Document type: Sale
Year: 1290
Scribe: Miquel Rotllan
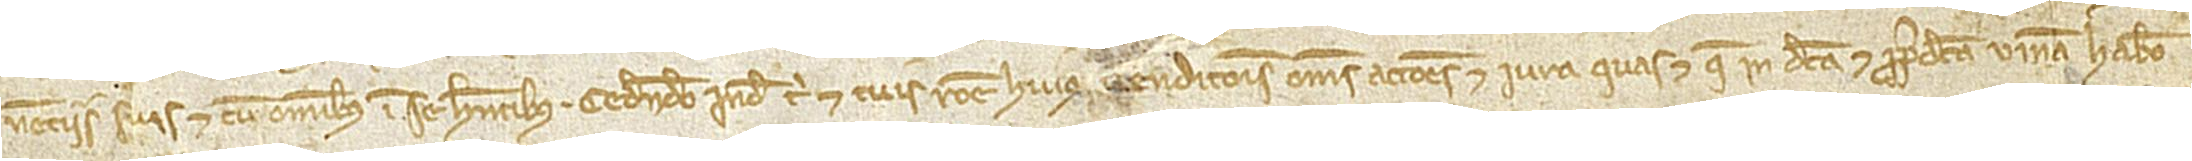
nenciis suis, et cum omnibus in se habentibus, cedendo inde tibi et tuis ratione huius venditionis omnes actiones et iura quas et que in dicta et predicta vinea habeo